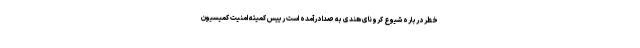
خطر درباره شیوع کرونای هندی به صدا درآمده است رییس کمیته امنیت کمیسیون